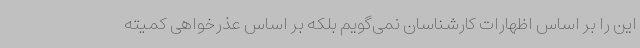
این را بر اساس اظهارات کارشناسان نمی‌گویم بلکه بر اساس عذرخواهی کمیته